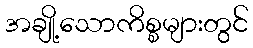
အချို့သောကိစ္စများတွင်